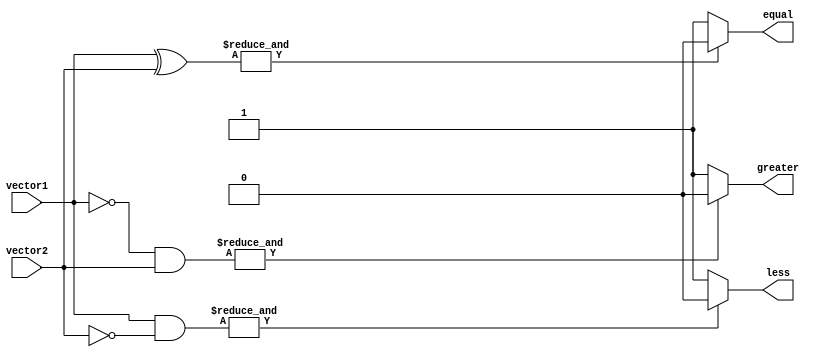
module comparator (
    input [31:0] vector1,
    input [31:0] vector2,
    output equal,
    output greater,
    output less
);

assign equal = (&(vector1 ^ vector2)) ? 1'b0 : 1'b1;
assign greater = (&((~vector1) & vector2)) ? 1'b0 : 1'b1;
assign less = (&(vector1 & (~vector2))) ? 1'b0 : 1'b1;

endmodule